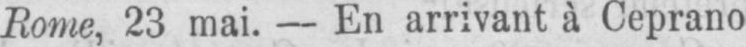
Rome, 23 mai. - En arrivant à Ceprano